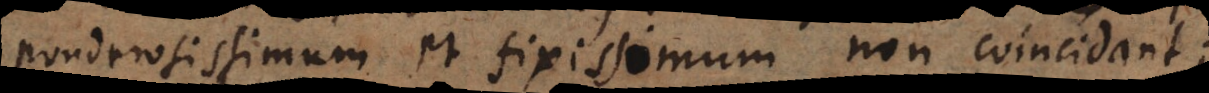
ponderosissimum et fixissimum non coincidant;